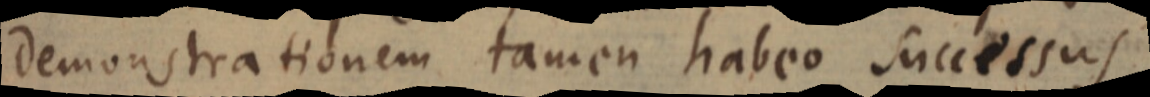
demonstrationem tamen habeo successus